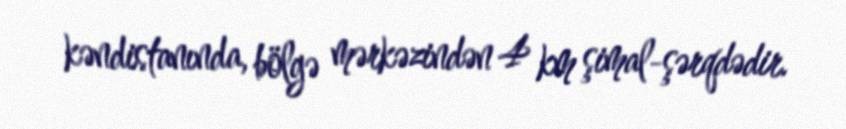
kəndistanında, bölgə mərkəzindən 4 km şimal-şərqdədir.